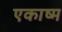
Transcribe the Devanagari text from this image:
एकाष्म